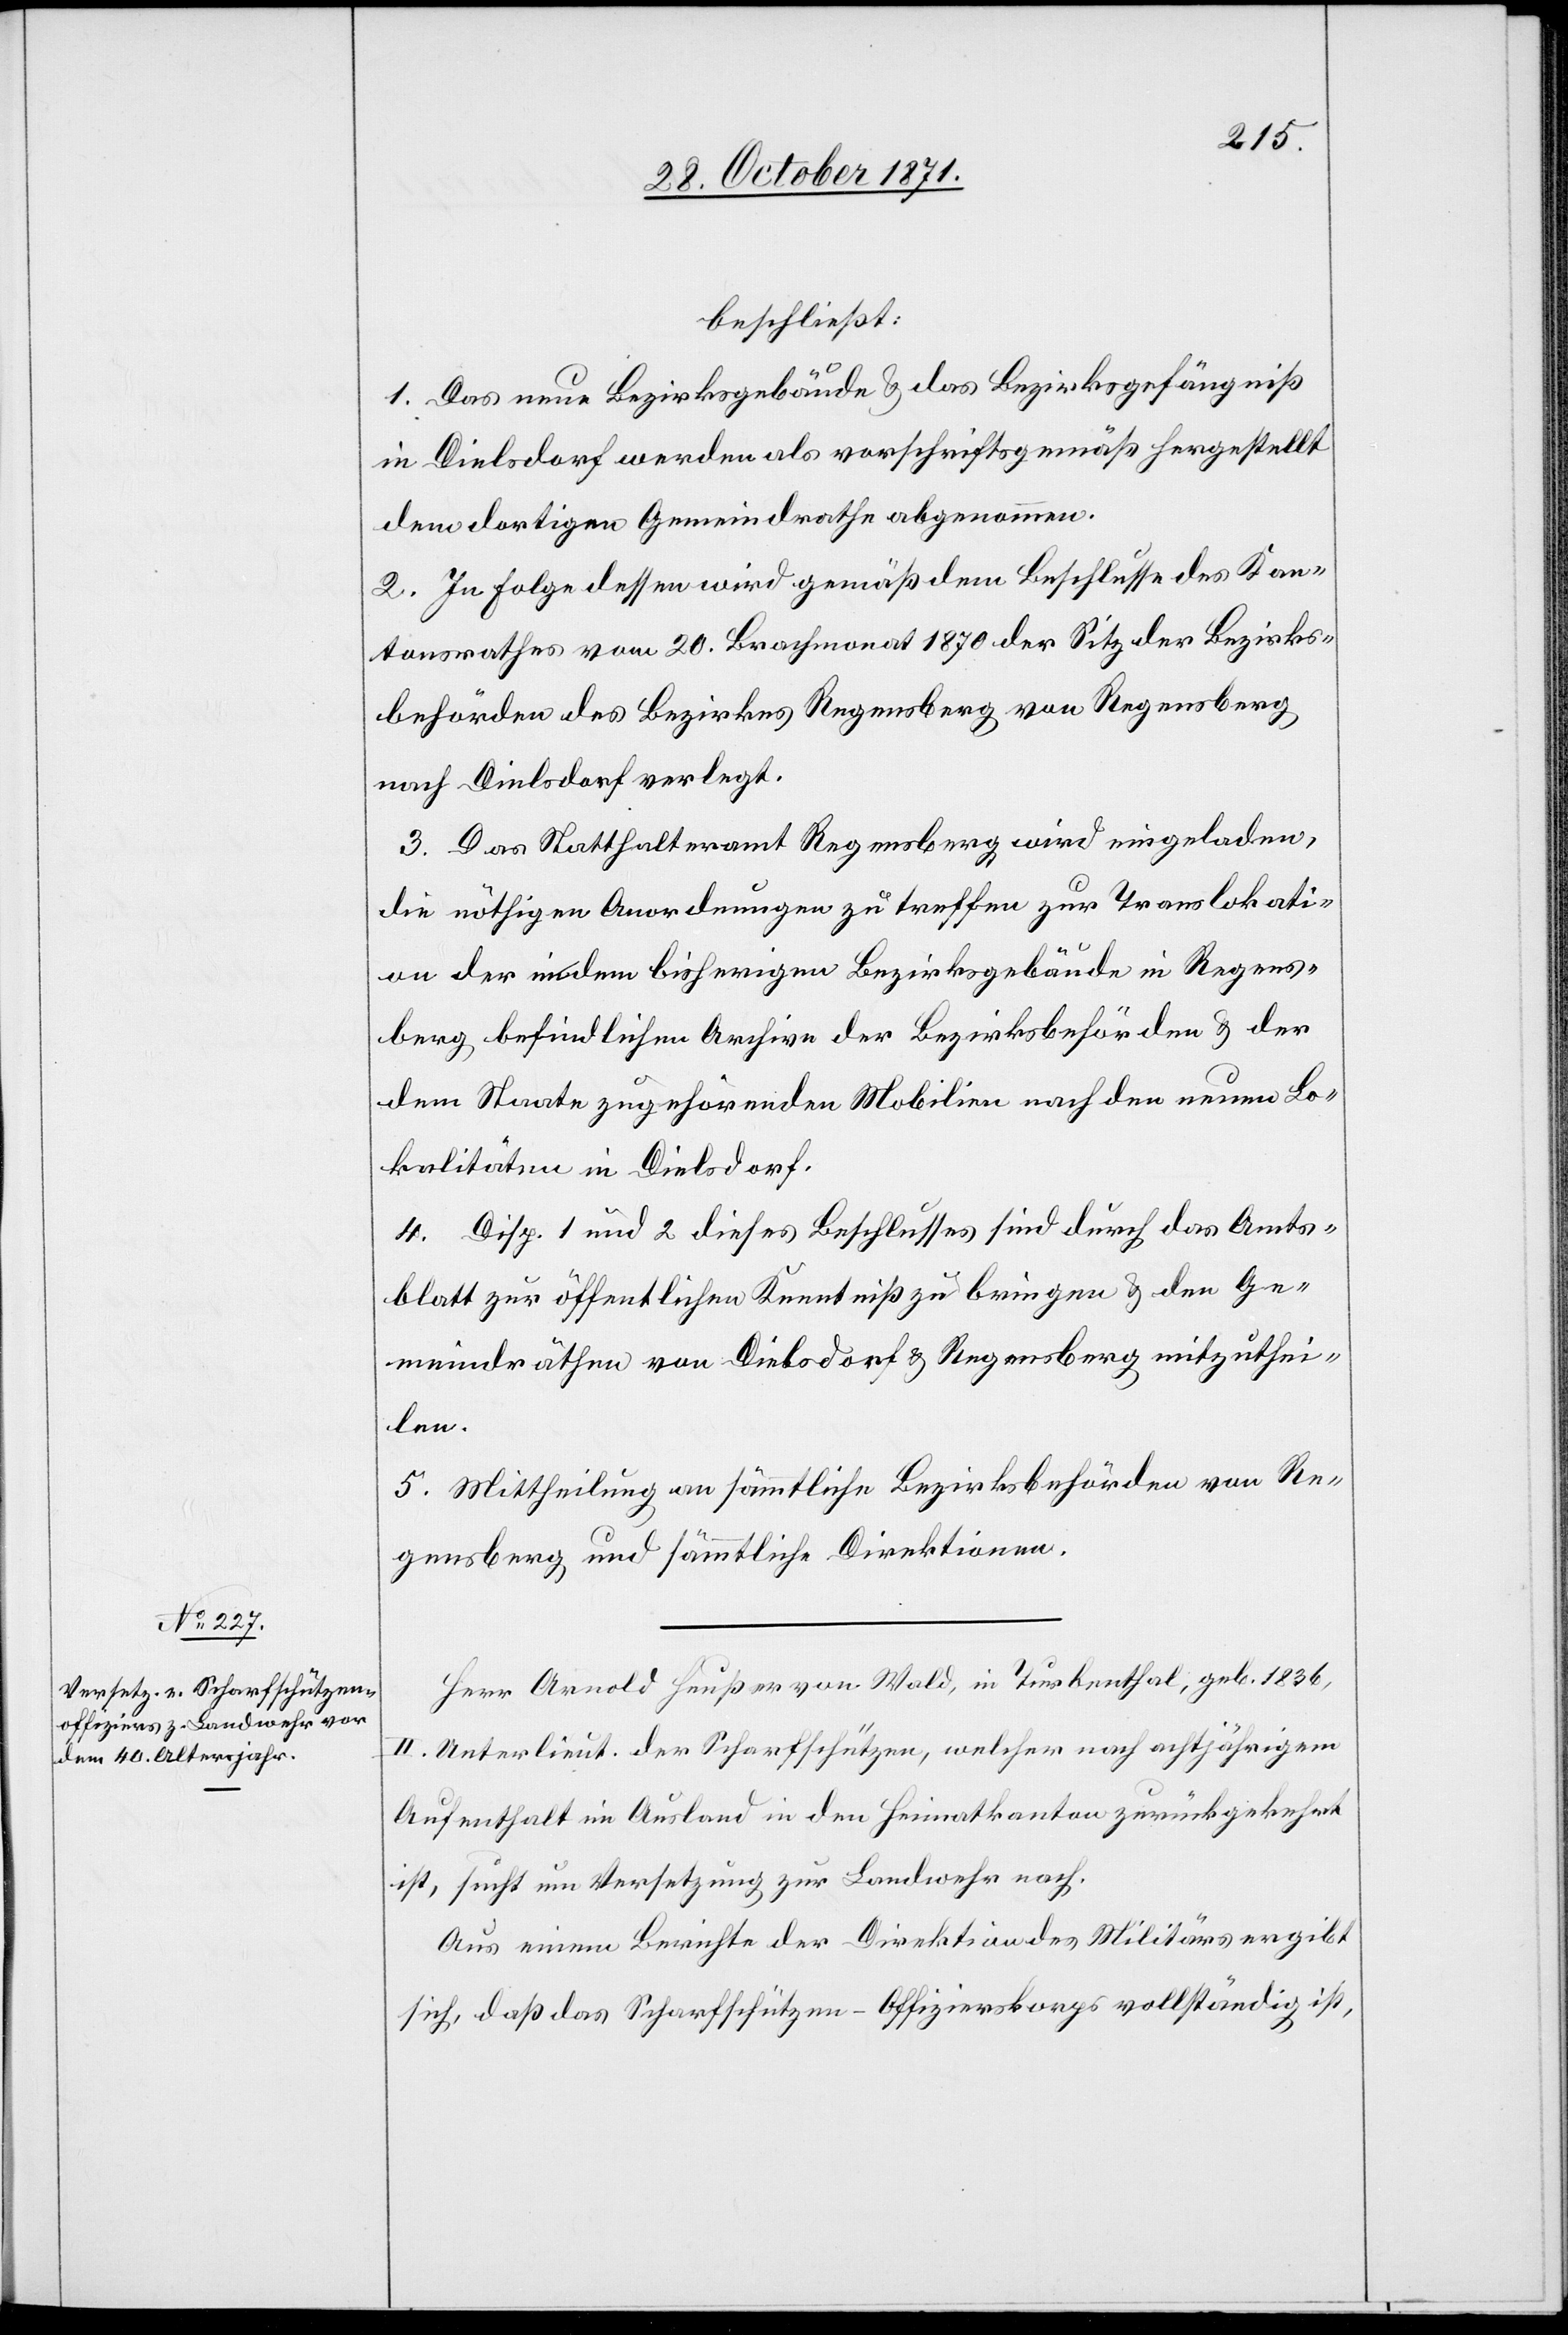
beschließt:
1. Das neue Bezirksgebäude & das Bezirksgefängniß
in Dielsdorf werden als vorschriftsgemäß hergestellt
dem dortigen Gemeindrathe abgenommen.
2. In Folge dessen wird gemäß dem Beschlusse des Kan¬
tonsrathes vom 20. Brachmonat 1870 der Sitz der Bezirks¬
behörden des Bezirkes Regensberg von Regensberg
nach Dielsdorf verlegt.
3. Das Statthalteramt Regensberg wird eingeladen,
die nöthigen Anordnungen zu treffen zur Translokati¬
on der in dem bisherigen Bezirksgebäude in Regens¬
berg befindlichen Archive der Bezirksbehörden & der
dem Staate zugehörenden Mobilien nach den neuen Lo¬
kalitäten in Dielsdorf.
4. Disp. 1 und 2 dieses Beschlusses sind durch das Amts¬
blatt zur öffentlichen Kenntniß zu bringen & den Ge¬
meindräthen von Dielsdorf & Regensberg mitzuthei¬
len.
5. Mittheilung an sämmtliche Bezirksbehörden von Re¬
gensberg und sämmtliche Direktionen.
Herr Arnold Heußer von Wald, in Turbenthal, geb. 1836,
II. Unterlieut. der Scharfschützen, welcher nach achtjährigem
Aufenthalt im Ausland in den Heimatkanton zurückgekehrt
ist, sucht um Versetzung zur Landwehr nach.
Aus einem Berichte der Direktion des Militärs ergibt
sich, daß das Scharfschützen-Offizierskorps vollständig ist,